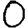
Digit: 0